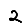
Digit: 2